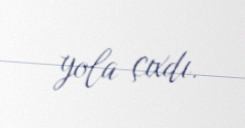
yola çıxdı.